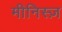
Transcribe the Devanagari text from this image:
मीनिस्ज़